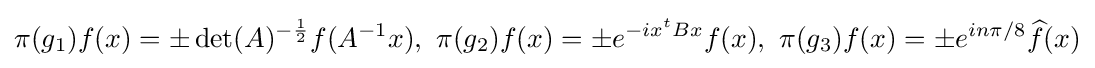
{\pi (g_{1})f(x)=\pm \det(A)^{-{\frac {1}{2}}}f(A^{-1}x),\,\,\pi (g_{2})f(x)=\pm e^{-ix^{t}Bx}f(x),\,\,\pi (g_{3})f(x)=\pm e^{in\pi /8}{\widehat {f}}(x)}